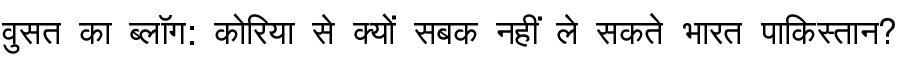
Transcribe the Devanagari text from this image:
वुसत का ब्लॉग: कोरिया से क्यों सबक नहीं ले सकते भारत पाकिस्तान?